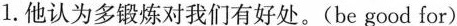
1.他认为多锻炼对我们有好处。(be good for)